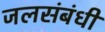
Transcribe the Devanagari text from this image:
जलसंबंधी